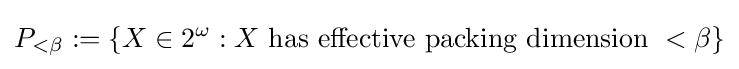
P_{<\beta }:=\{X\in 2^{\omega }:X\ \mathrm {has\ effective\ packing\ dimension\ } <\beta \}